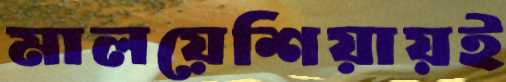
মালয়েশিয়ায়ই